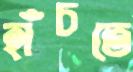
হাঁচতে